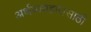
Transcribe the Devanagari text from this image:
अर्थव्यवहारासाठी